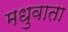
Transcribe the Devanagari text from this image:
मधुवाता